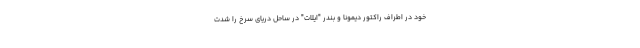
خود در اطراف راکتور دیمونا و بندر "ایلات" در ساحل دریای سرخ را شدت